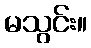
မသွင်း။